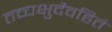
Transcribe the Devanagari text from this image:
तच्चक्षुर्देवहितं